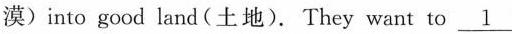
漠)into good land(土地). They want to\underline{1}